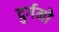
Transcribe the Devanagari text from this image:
दुर्गमो